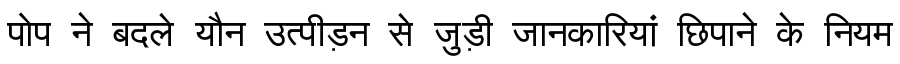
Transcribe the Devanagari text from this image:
पोप ने बदले यौन उत्पीड़न से जुड़ी जानकारियां छिपाने के नियम